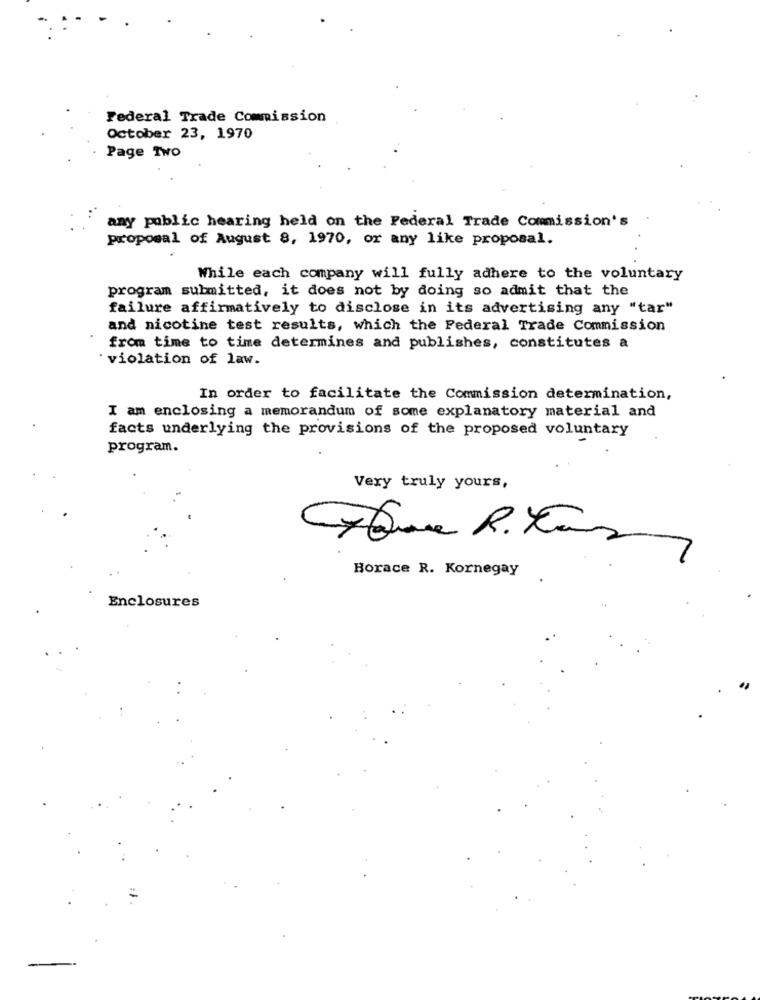
Federal Trade Commission
October 23, 1970
Page Two
any public hearing held on the Federal Trade Commission's
proposal of August 8, 1970, or any like proposal.
While each company will fully adhere to the voluntary
program submitted, it does not by doing so admit that the
failure affirmatively to disclose in its advertising any "tar"
and nicotine test results, which the Federal Trade Commission
from time to time determines and publishes, constitutes a
· violation of law.
In order to facilitate the Commission determination,
I am enclosing a memorandum of some explanatory material and
facts underlying the provisions of the proposed voluntary
program.
Very truly yours,
Horace R. Kornegay
Enclosures